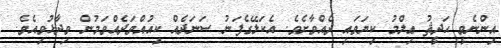
އިންނެވީ ޙަދީޘު ޢިލްމު ކިޔަވައި ދެއްވާށެވެ. އެކަލޭގެފަނު ސަނަދެއް ކިއުއްވަދެއްވަމުން ވިދާޅުވިއެވެ.